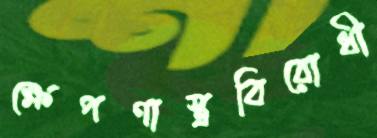
ক্ষেপণাস্ত্রবিরোধী